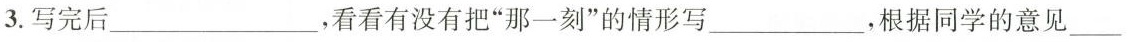
3.写完后___，看看有没有把”那一刻”的情形写___，根据同学的意见___。